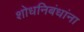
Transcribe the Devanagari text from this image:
शोधनिबंधांना